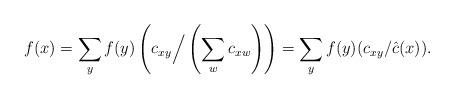
LaTeX: \begin{gather*}f(x)=\sum\limits_y f(y)\left(c_{xy}\Big/\left(\sum\limits_w c_{xw}\right)\right)=\sum\limits_y f(y)(c_{xy}/\hat c(x)).\end{gather*}